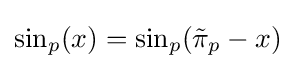
\sin _{p}(x)=\sin _{p}({\tilde {\pi }}_{p}-x)